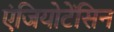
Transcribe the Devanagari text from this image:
एंजियोटेंसिन